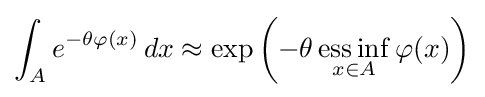
\int _{A}e^{-\theta \varphi (x)}\,dx\approx \exp \left(-\theta \mathop {\mathrm {ess\,inf} } _{x\in A}\varphi (x)\right)